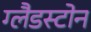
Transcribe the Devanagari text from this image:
ग्‍लैडस्‍टोन